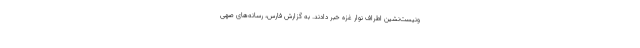
ونیست‌نشین اطراف نوار غزه خبر دادند. به گزارش فارس، رسانه‌های صهی